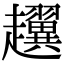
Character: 𧾰